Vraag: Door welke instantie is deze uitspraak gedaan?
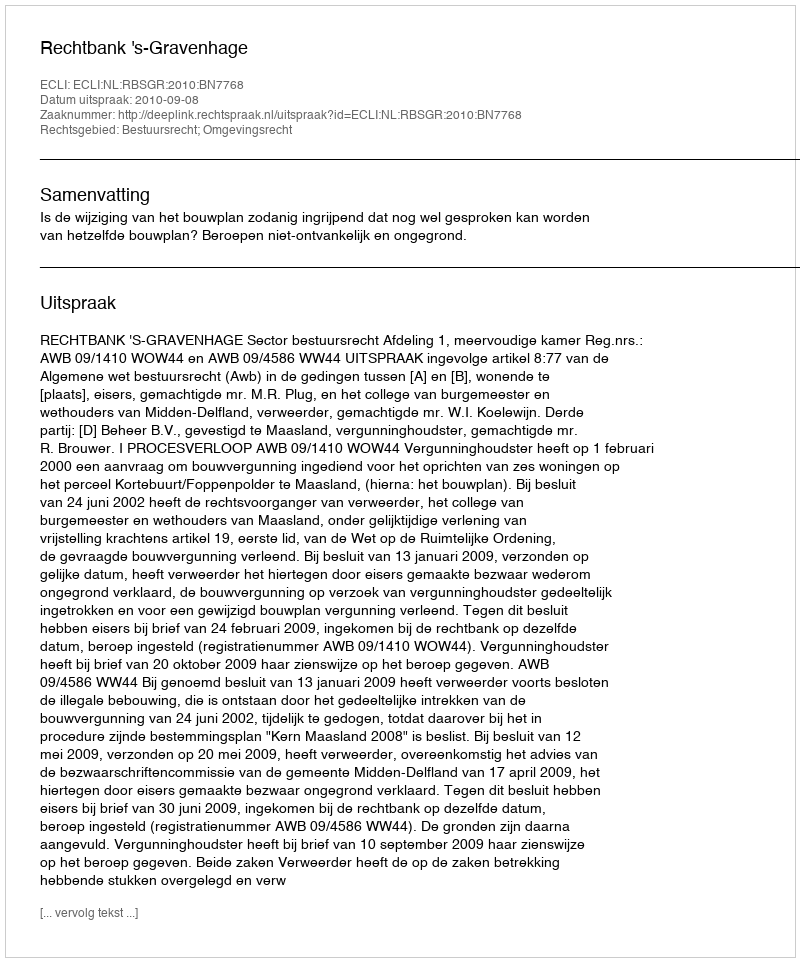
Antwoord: Rechtbank 's-Gravenhage